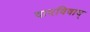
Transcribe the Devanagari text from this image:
वादविवाद्